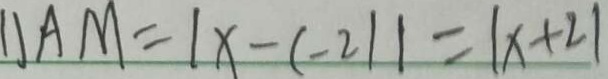
1 1 A M = \vert x - ( - 2 ) \vert = \vert x + 2 \vert